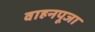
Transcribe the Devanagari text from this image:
वाहनपूजा